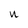
Character: n